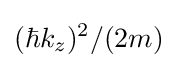
(\hbar k_{z})^{2}/(2m)